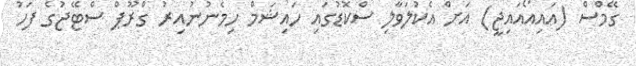
ގޭމްސް (އައިއޯއައިޖީ) އަށް އެކުލަވާލި ސްކޮޑުގައި ހައިޝަމް ހިމެނުނުއިރު ގްރޫޕް ސްޓޭޖުގެ ފަހު